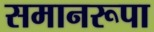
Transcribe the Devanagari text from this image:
समानरूपा